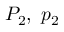
P _ { 2 } , \ p _ { 2 }